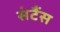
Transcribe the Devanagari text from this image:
संटैंस